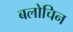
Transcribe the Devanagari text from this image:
बलोचिन